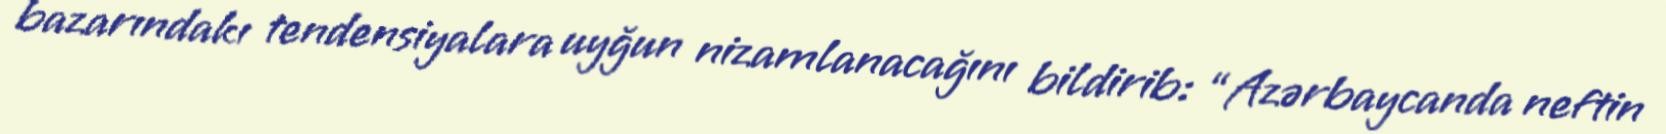
bazarındakı tendensiyalara uyğun nizamlanacağını bildirib: “Azərbaycanda neftin